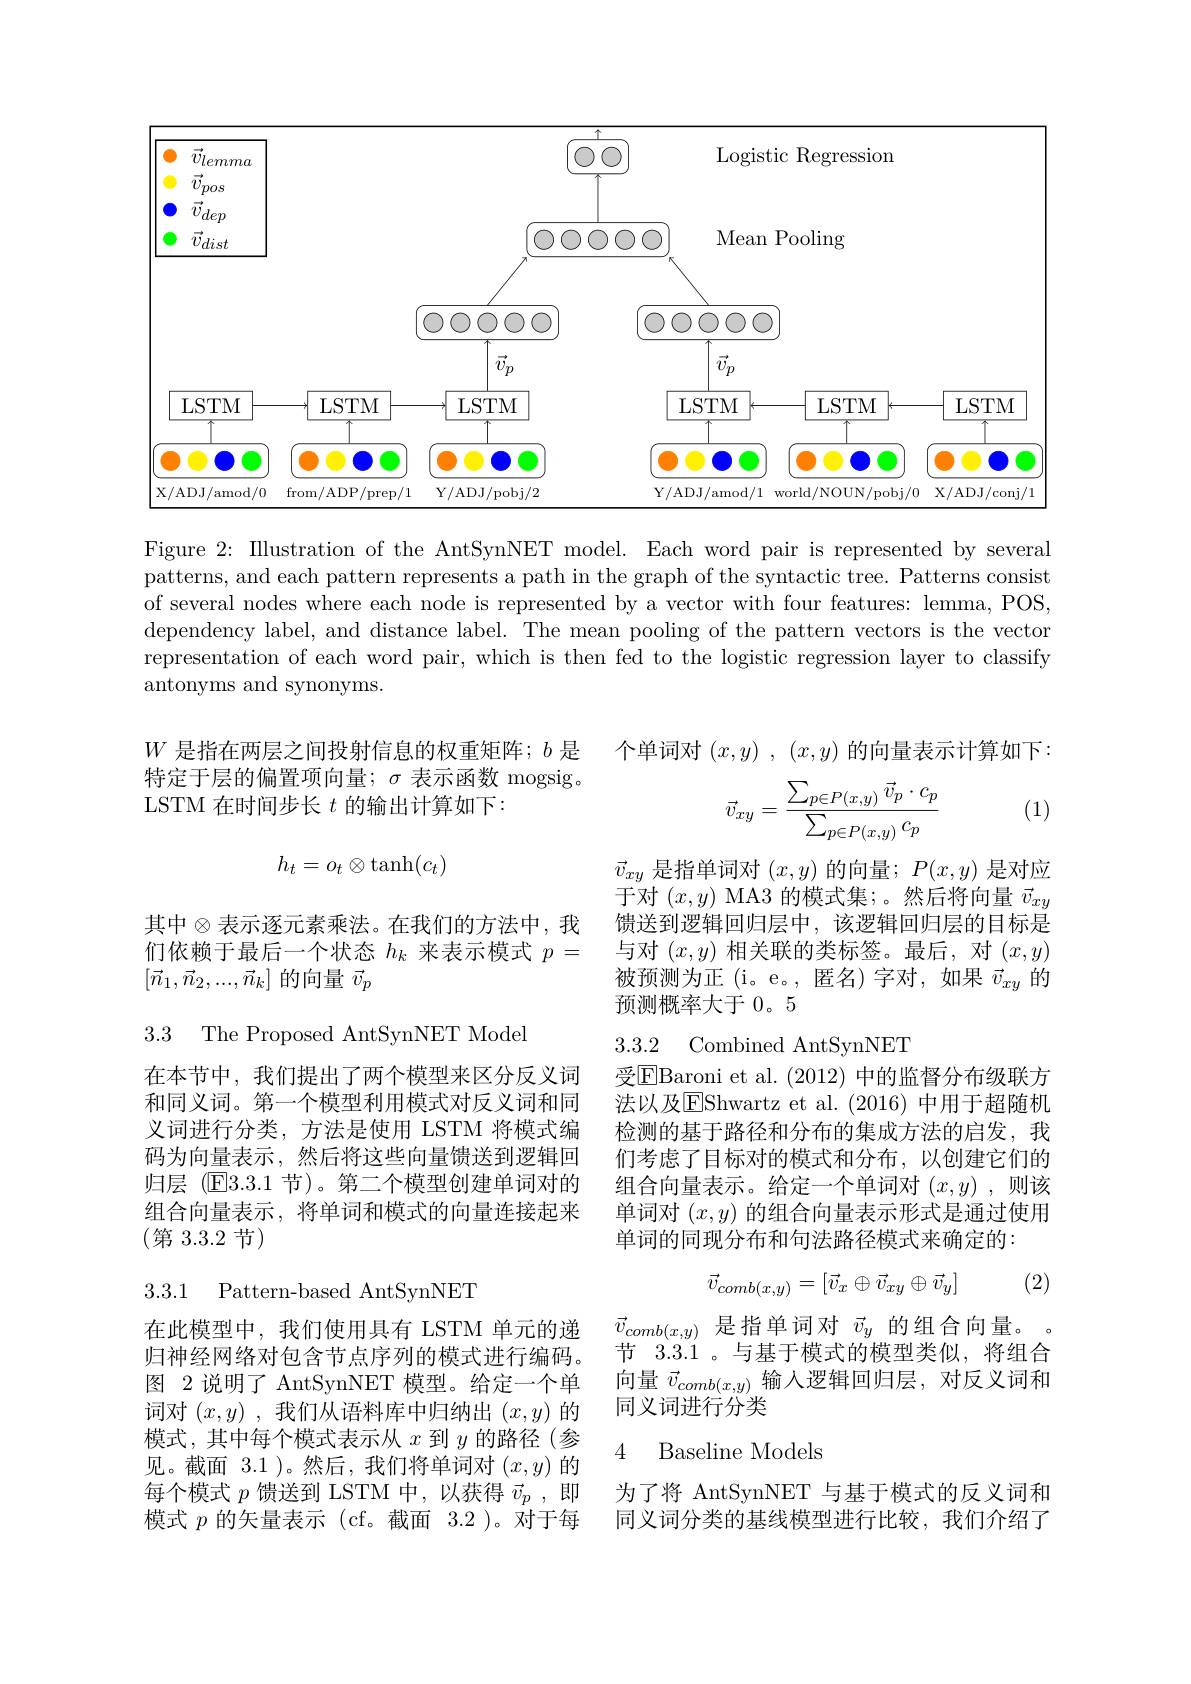
<FigureHere>

Figure 2: Illustration of the AntSynNET model. Each word pair is represented by several patterns, and each pattern represents a path in the graph of the syntactic tree. Patterns consist of several nodes where each node is represented by a vector with four features: lemma, POS, dependency label, and distance label. The mean pooling of the pattern vectors is the vector representation of each word pair, which is then fed to the logistic regression layer to classify antonyms and synonyms.

个单词对$( x, y)$ , $( x, y)$的向量表示计算如下：

$W$是指在两层之间投射信息的权重矩阵；$b$是特定于层的偏置项向量；$\sigma$表示函数 mogsig。LSTM 在时间步长$t$的输出计算如下：
$$\vec{v}_{xy}=\frac{\sum_{p\in P(x,y)}\vec{v}_p\cdot c_p}{\sum_{p\in P(x,y)}c_p}$$
(1)
$$h_t=o_t\otimes\tanh(c_t)$$
$\vec{v}_{xy}$是指单词对$(x,y)$的向量；$P(x,y)$是对应于对$(x,y)$ MA3 的模式集；。然后将向量$\vec{v}_{xy}$ 馈送到逻辑回归层中，该逻辑回归层的目标是与对$(x,y)$相关联的类标签。最后，对$(x,y)$ 被预测为正(i。e。,匿名)字对，如果$\vec{v}_xy$的预测概率大于 0。5

其中$\otimes$表示逐元素乘法。在我们的方法中，我们依赖于最后一个状态$h_k$来表示模式$p=$ $[\vec{n}_1,\vec{n}_2,...,\vec{n}_k]$的向量$\vec{v}_p$

3.3 The Proposed AntSynNET Model

### 3.3.2 Combined AntSynNET

在本节中，我们提出了两个模型来区分反义词和同义词。第一个模型利用模式对反义词和同义词进行分类，方法是使用 LSTM 将模式编码为向量表示，然后将这些向量馈送到逻辑回归层(E3.3.1 节)。第二个模型创建单词对的组合向量表示，将单词和模式的向量连接起来(第3.3.2节)

受$\overline{\mathrm{E}}$Baroni et al. (2012) 中的监督分布级联方法以及$\overline{\mathrm{E}}$Shwartz et al.(2016)中用于超随机检测的基于路径和分布的集成方法的启发，我们考虑了目标对的模式和分布，以创建它们的组合向量表示。给定一个单词对$(x,y)$ ,则该单词对$(x,y)$的组合向量表示形式是通过使用单词的同现分布和句法路径模式来确定的：

(2)
$$\vec v_{comb(x,y)}=[\vec v_x\oplus\vec v_{xy}\oplus\vec v_y]$$
3.3.1 Pattern-based AntSynNET

$\begin{array}{ll}{\vec{v}_{comb(x,y)}}&{\text{是指单词对 }\vec{v}_{y}}\\{\text{共}\:2\:3\:1}&{\text{上其工描士的描刑米}h\text{ 收细 }}\\\end{array}$ 节 3.3.1 。与基于模式的模型类似，将组合向量$\vec{v}_{comb(x,y)}$输入逻辑回归层，对反义词和同义词进行分类

在此模型中，我们使用具有 LSTM 单元的递归神经网络对包含节点序列的模式进行编码， 图 2 说明了 AntSynNET 模型。给定一个单词对$(x,y)$ ,我们从语料库中归纳出$(x,y)$的模式，其中每个模式表示从$x$到$y$的路径(参见。截面 3.1 )。然后，我们将单词对$(x,y)$的每个模式$p$馈送到 LSTM 中，以获得$\vec{v}_p$,即模式$p$的矢量表示 (cf。截面 3.2 )。对于每

4 Baseline Models

为了将 AntSynNET 与基于模式的反义词和同义词分类的基线模型进行比较，我们介绍了